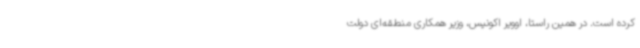
کرده است. در همین راستا، اوویر اکونیس، وزیر همکاری منطقه‌ای دولت